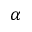
\alpha